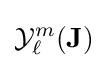
{\mathcal {Y}}_{\ell }^{m}({\mathbf {J} })